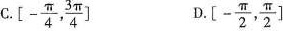
C.\left[- \frac{\pi} {4}, \frac{3\pi }{4} \right] D. \left[- \frac{\pi}{2}, \frac{\pi}{2}\right]